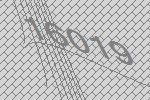
16019